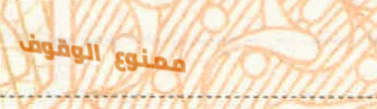
ممنوع الوقوف